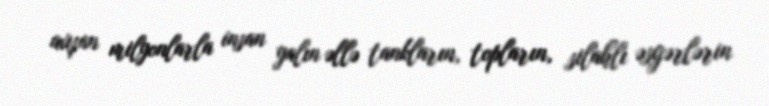
axışan milyonlarla insan yalın əllə tankların, topların, silahlı əsgərlərin